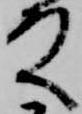
殿